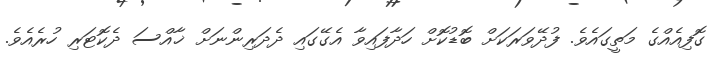
ގޮފިއެއްގެ މަތީގައެވެ. ފުދޭވަރަކަށް ބޮޑުކޮށް ހަދާފައިވާ އެގޭގައި ދެދަރިންނަށް ޚާއްސަ ދެކޮޓަރި ހުރެއެވެ.